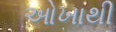
ઓખાથી